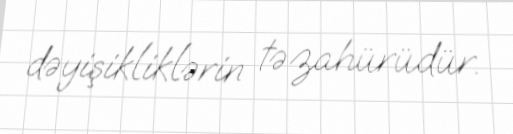
dəyişikliklərin təzahürüdür.